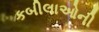
કબીલાઓની